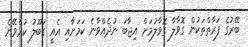
ބޭރުގެ ފަރާތްތަކުން ގޮވާލާ ގޮވާލުމަށް އިޖާބަ ނުދެއްވާނެ ކަމަށާއި އެއީ ގަބޫލު ކުރެވޭނެ